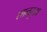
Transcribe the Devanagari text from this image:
शानहुआ